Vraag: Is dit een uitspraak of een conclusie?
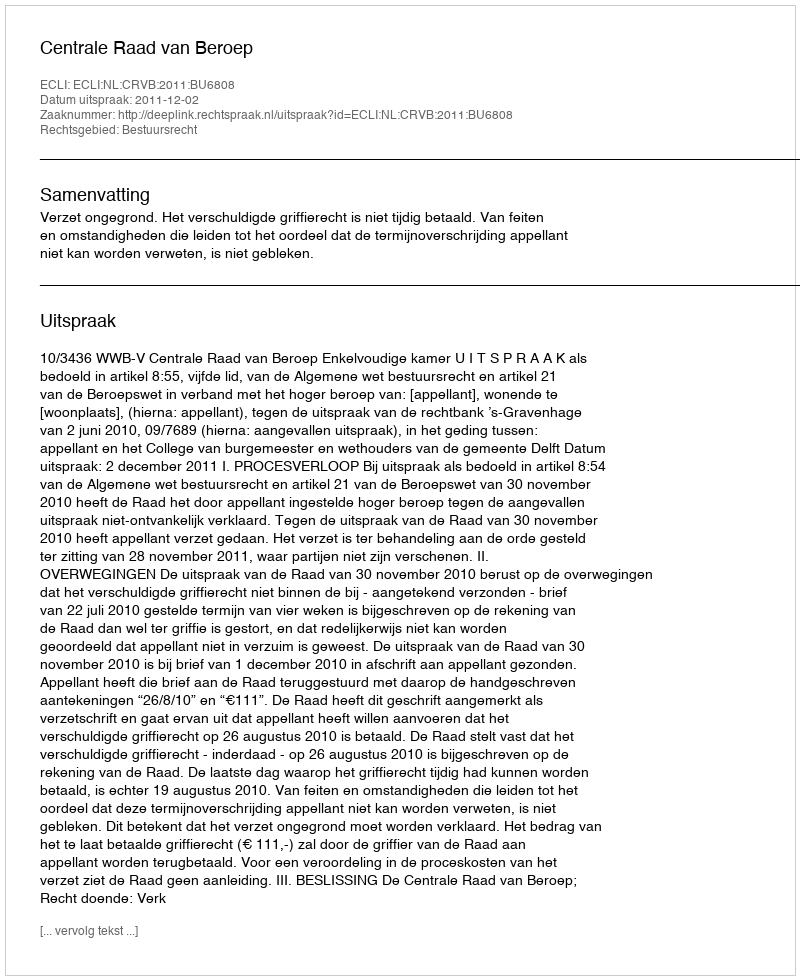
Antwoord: Uitspraak